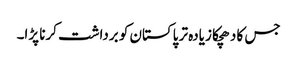
جس کا دھچکا زیادہ تر پاکستان کو برداشت کرنا پڑا۔